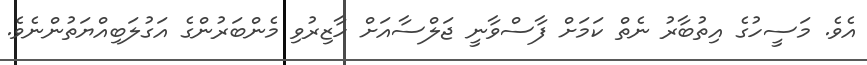
އެވެ. މަސީހުގެ އިތުބާރު ނެތް ކަމަށް ފާސްވާނީ ޖަލްސާއަށް ހާޒިރުވި މެންބަރުންގެ އަގުލަބިއްޔަތުންނެވެ.